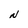
Character: N